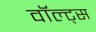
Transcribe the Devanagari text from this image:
वॉल्ट्स